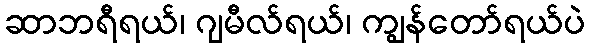
ဆာဘရီရယ်၊ ဂျမီလ်ရယ်၊ ကျွန်တော်ရယ်ပဲ